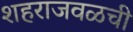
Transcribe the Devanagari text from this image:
शहराजवळची